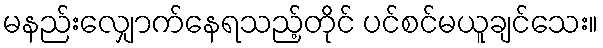
မနည်းလျှောက်နေရသည့်တိုင် ပင်စင်မယူချင်သေး။